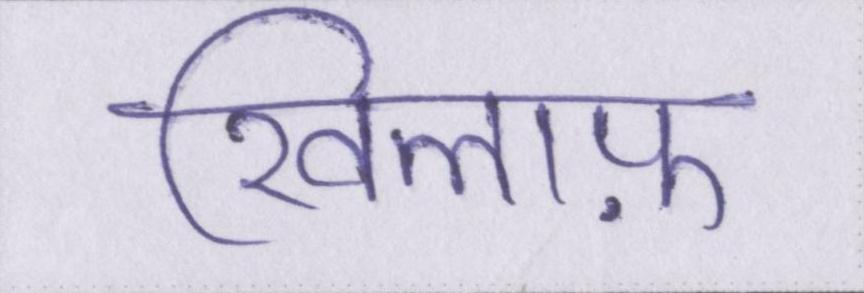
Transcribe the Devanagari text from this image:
खिलाफ़